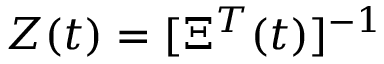
Z ( t ) = [ \Xi ^ { T } ( t ) ] ^ { - 1 }